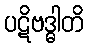
ပဋိဗဒ္ဓါတိ